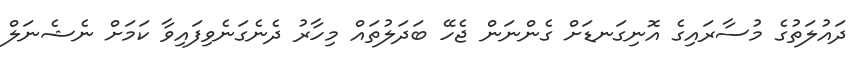
ދައުލަތުގެ މުސާރައިގެ އޮނިގަނޑަށް ގެންނަން ޖެހޭ ބަދަލުތައް މިހާރު ދެނެގަނެވިފައިވާ ކަމަށް ނެޝެނަލް